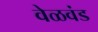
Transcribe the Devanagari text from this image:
वेळवंड